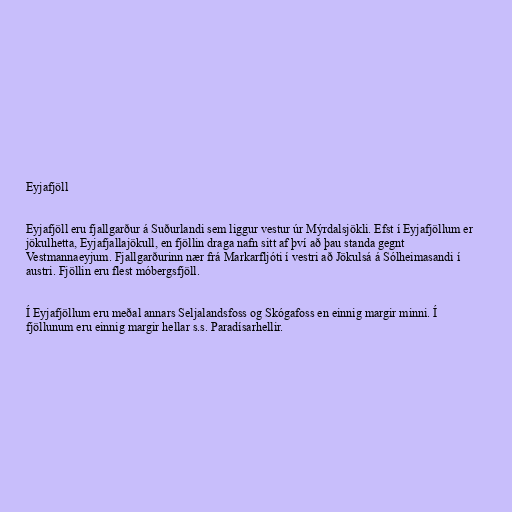
Eyjafjöll

Eyjafjöll eru fjallgarður á Suðurlandi sem liggur vestur úr Mýrdalsjökli. Efst í Eyjafjöllum er
jökulhetta, Eyjafjallajökull, en fjöllin draga nafn sitt af því að þau standa gegnt
Vestmannaeyjum. Fjallgarðurinn nær frá Markarfljóti í vestri að Jökulsá á Sólheimasandi í
austri. Fjöllin eru flest móbergsfjöll.

Í Eyjafjöllum eru meðal annars Seljalandsfoss og Skógafoss en einnig margir minni. Í
fjöllunum eru einnig margir hellar s.s. Paradísarhellir.